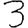
Digit: 3